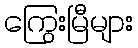
ကြွေးမြီများ